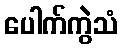
ပေါက်ကွဲသံ